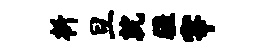
析旦就疆宰